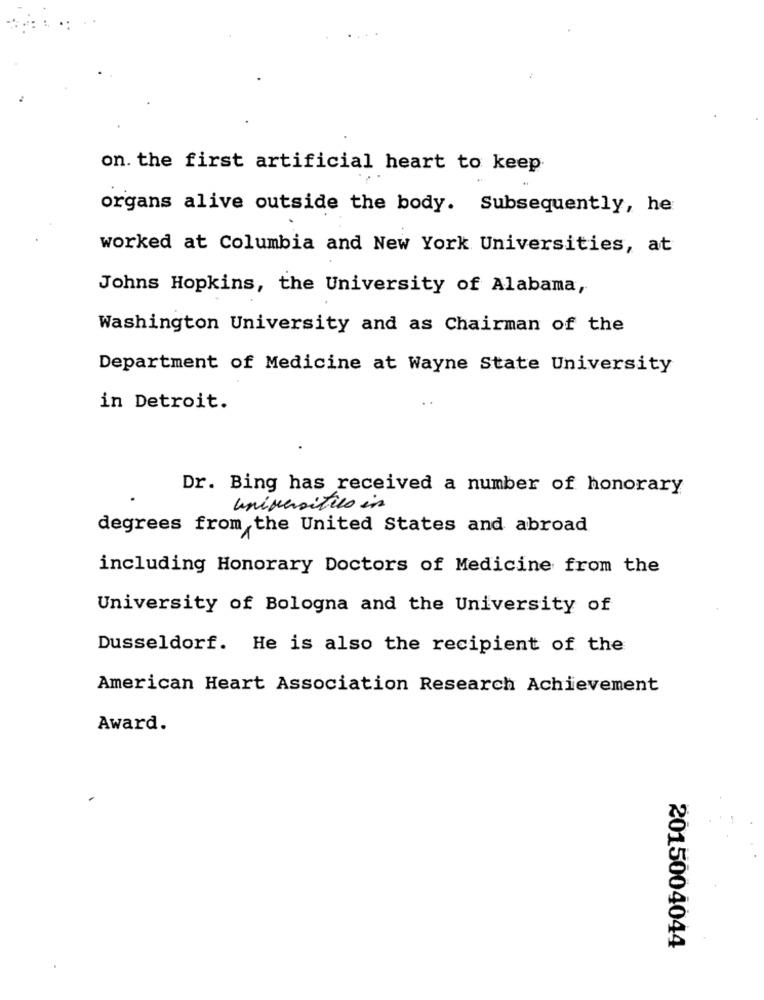
on. the first artificial heart to keep
organs alive outside the body. Subsequently, he
worked at Columbia and New York Universities, at
Johns Hopkins, the University of Alabama,
Washington University and as Chairman of the
Department of Medicine at Wayne State University
in Detroit.
Dr. Bing has received a number of honorary
universities in
degrees from the United States and abroad
including Honorary Doctors of Medicine from the
University of Bologna and the University of
Dusseldorf. He is also the recipient of the
American Heart Association Research Achievement
Award.
2015004044